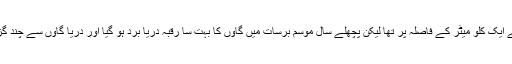
گاؤں کے مکینوں کا الزام جلال پوربھٹیاں کے نواحی علاقہ چاہ چورا جو کچھ عرصہ پہلے دریا سے ایک کلو میٹر کے فاصلہ پر تھا لیکن پچھلے سال موسم برسات میں گاوں کا بہت سا رقبہ دریا برد ہو گیا اور دریا گاوں سے چند گز کے فاصلہ پر بہنے لگا حکومت کی طرف سے ایک کروڑ دس لاکھ روپے کا فنڈ منظور کیا گیا ۔